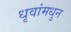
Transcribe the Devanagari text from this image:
धृवांमधुन